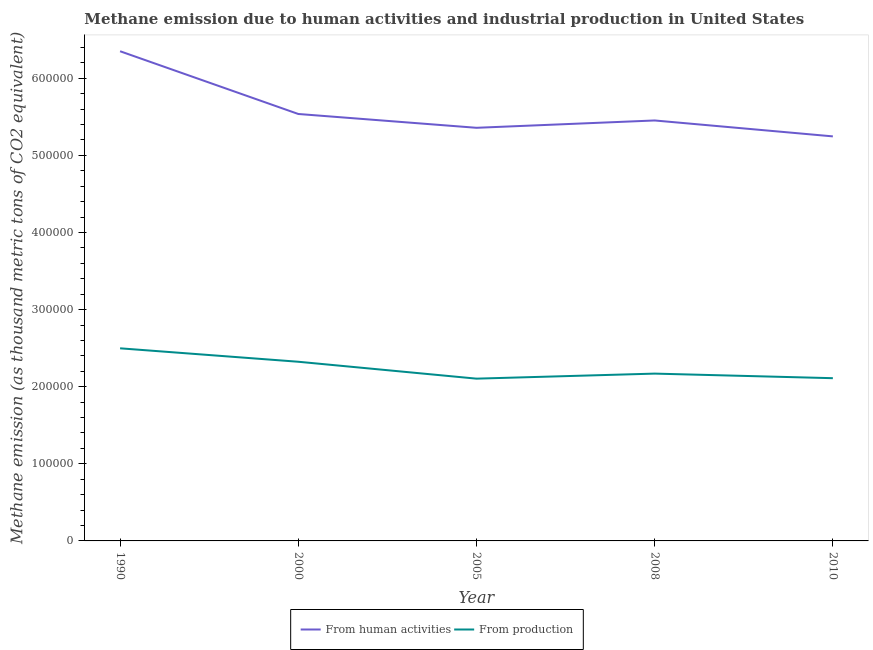
| Year | From human activities | From production |
 | --- | --- | --- |
 | 1990 | 6.35e+05 | 2.5e+05 |
 | 2000 | 5.54e+05 | 2.32e+05 |
 | 2005 | 5.36e+05 | 2.1e+05 |
 | 2008 | 5.45e+05 | 2.17e+05 |
 | 2010 | 5.25e+05 | 2.11e+05 |